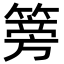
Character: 篣